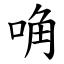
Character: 唃